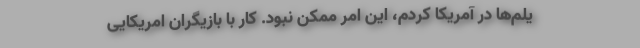
یلم‌ها در آمریکا کردم، این امر ممکن نبود. کار با بازیگران امریکایی